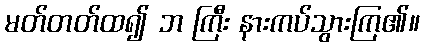
မတ်တတ်ထ၍ ဘ ကြီး နားကပ်သွားကြ၏။